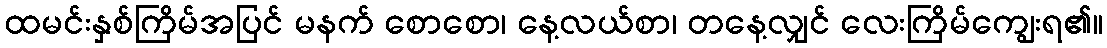
ထမင်းနှစ်ကြိမ်အပြင် မနက် စောစော၊ နေ့လယ်စာ၊ တနေ့လျှင် လေးကြိမ်ကျွေးရ၏။